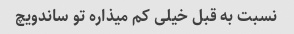
نسبت به قبل خیلی کم میذاره تو ساندویچ